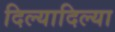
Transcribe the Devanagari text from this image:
दिल्यादिल्या